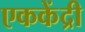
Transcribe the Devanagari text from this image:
एककेंद्री